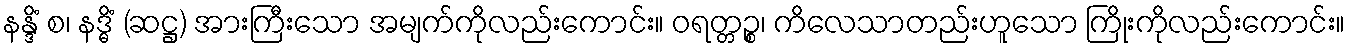
နန္ဒိံ စ၊ နဒ္ဓိံ (ဆဋ္ဌ) အားကြီးသော အမျက်ကိုလည်းကောင်း။ ဝရတ္တဉ္စ၊ ကိလေသာတည်းဟူသော ကြိုးကိုလည်းကောင်း။